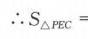
\(\therefore S_{\triangle PEC}\)